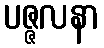
ပဇ္ဇလနာ